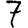
Digit: 7